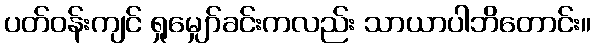
ပတ်ဝန်းကျင် ရှုမျှော်ခင်းကလည်း သာယာပါဘိတောင်း။